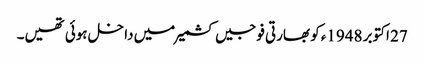
27 اکتوبر 1948ء کو بھارتی فوجیں کشمیر میں داخل ہوئی تھیں۔